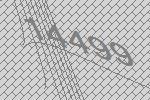
14499